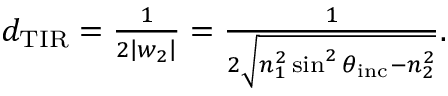
\begin{array} { r } { d _ { \mathrm { T I R } } = \frac { 1 } { 2 \left\vert w _ { 2 } \right\vert } = \frac { 1 } { 2 \sqrt { n _ { 1 } ^ { 2 } \sin ^ { 2 } \theta _ { \mathrm { i n c } } - n _ { 2 } ^ { 2 } } } . } \end{array}